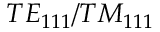
T E _ { 1 1 1 } / T M _ { 1 1 1 }